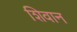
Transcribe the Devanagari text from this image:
शिवान